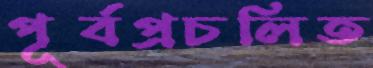
পূর্বপ্রচলিত